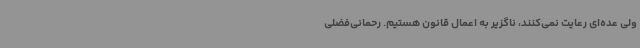
ولی عده‌ای رعایت نمی‌کنند، ناگزیر به اعمال قانون هستیم. رحمانی‌فضلی